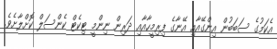
އެކަމުގެ ސަބަބުން އިންގޭއާއި އޭނާގެ ފިރިމީހާއާއި ދަރިން ނިންމީ ޓިކެޓް ކެންސަލް ކޮށްލާށެވެ.